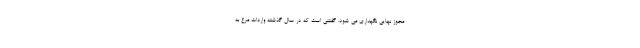
مجوز نهایی نگهداری می شود. گفتنی است که در سال گذشته واردات مرغ به